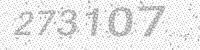
Solution: 273107